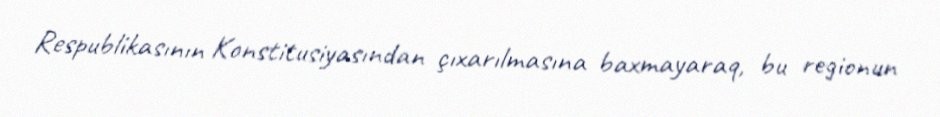
Respublikasının Konstitusiyasından çıxarılmasına baxmayaraq, bu regionun